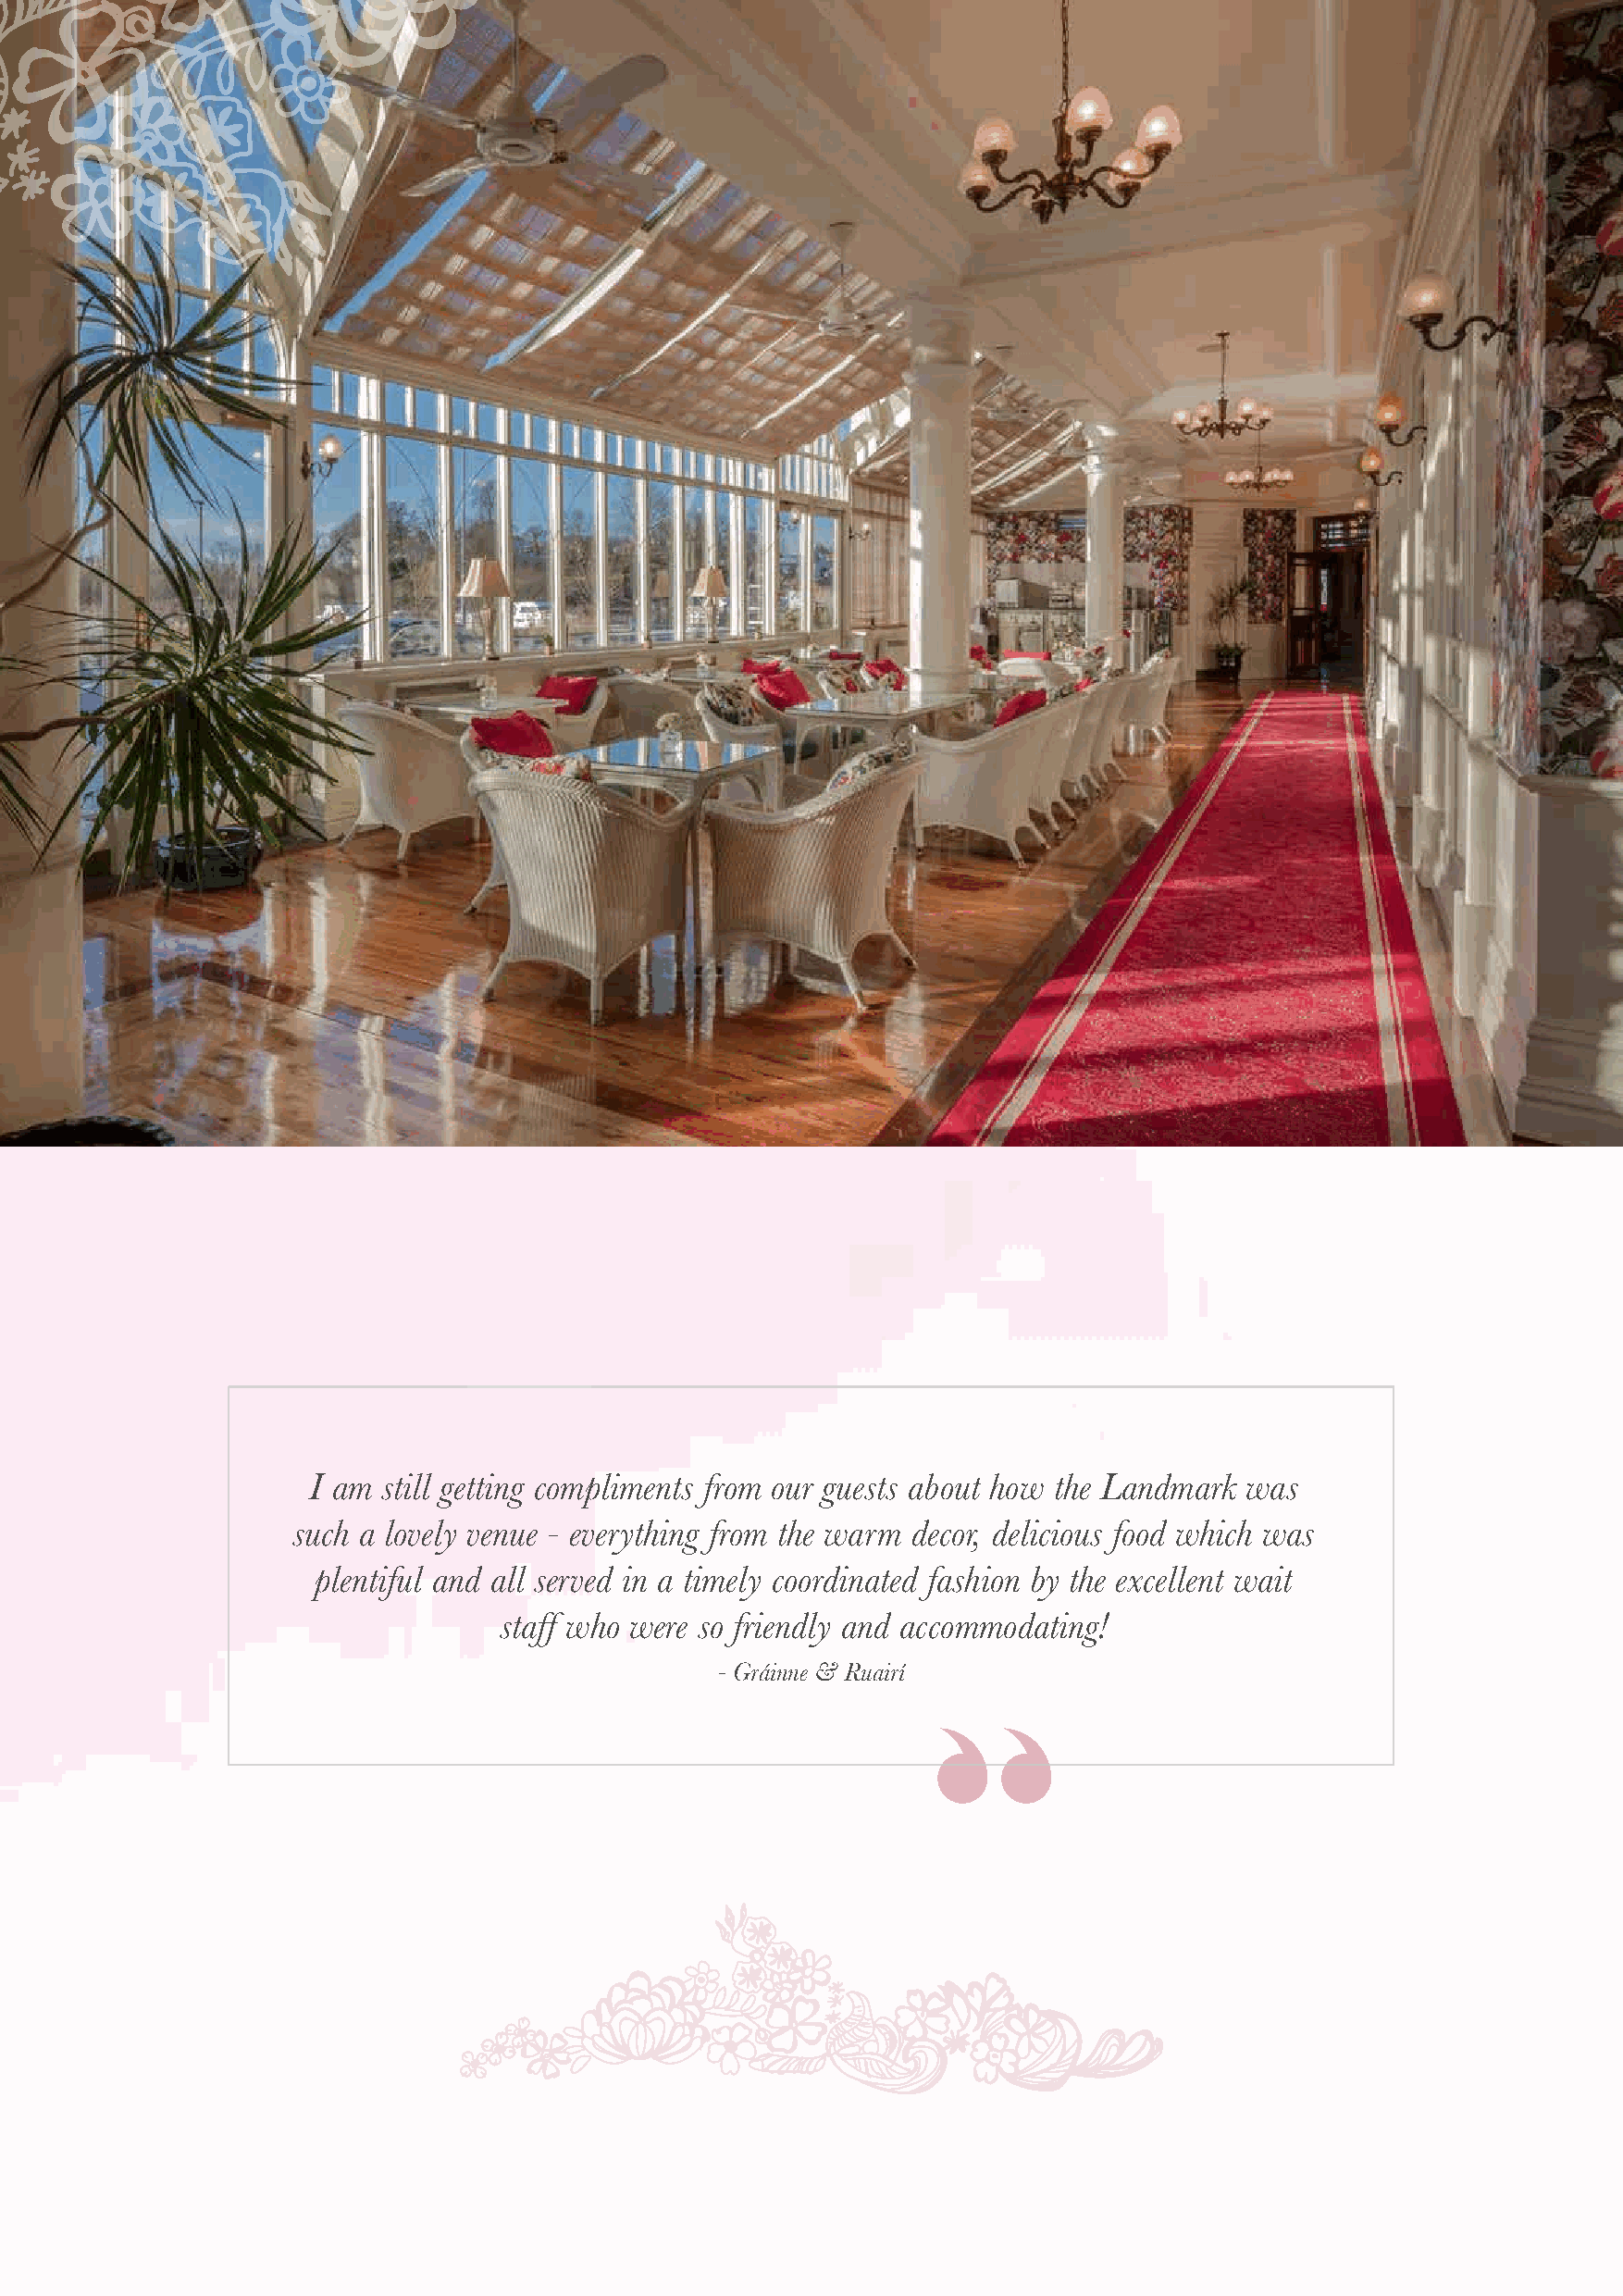
I am still getting compliments from our guests about how the Landmark was
 such a lovely venue - everything from the warm decor, delicious food which was
 plentiful and all served in a timely coordinated fashion by the excellent wait
 staff who were so friendly and accommodating!
 - Gráinne & Ruairí